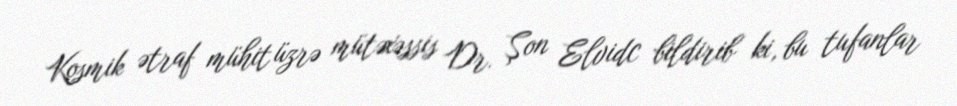
Kosmik ətraf mühit üzrə mütəxəssis Dr. Şon Elvidc bildirib ki, bu tufanlar